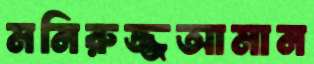
মনিরুজ্জআমান